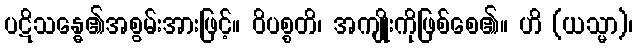
ပဋိသန္ဓေ၏အစွမ်းအားဖြင့်။ ဝိပစ္စတိ၊ အကျိုးကိုဖြစ်စေ၏။ ဟိ (ယသ္မာ)၊